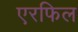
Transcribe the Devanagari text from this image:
एरफिल